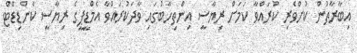
އިބާރާތުން ކުށްވެރި ކުރައްވާ ކަމަށް ރިޔާސީ އިންތިހާބުގައި ވާދަކުރައްވާ އެމްޑީޕީގެ ރިޔާސީ ކެންޑިޑޭޓް